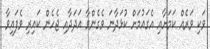
ވަކި ވަރެއް ކަމަށާއި އެގައުމަށް ކުޅަދާނަ ވެގެންވާ އަދަދާއި ޖެހެން ކައިރި ވެފައިވާ